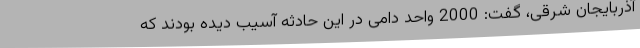
آذربایجان شرقی، گفت: 2000 واحد دامی در این حادثه آسیب دیده بودند که